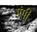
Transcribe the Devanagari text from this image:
मंगी